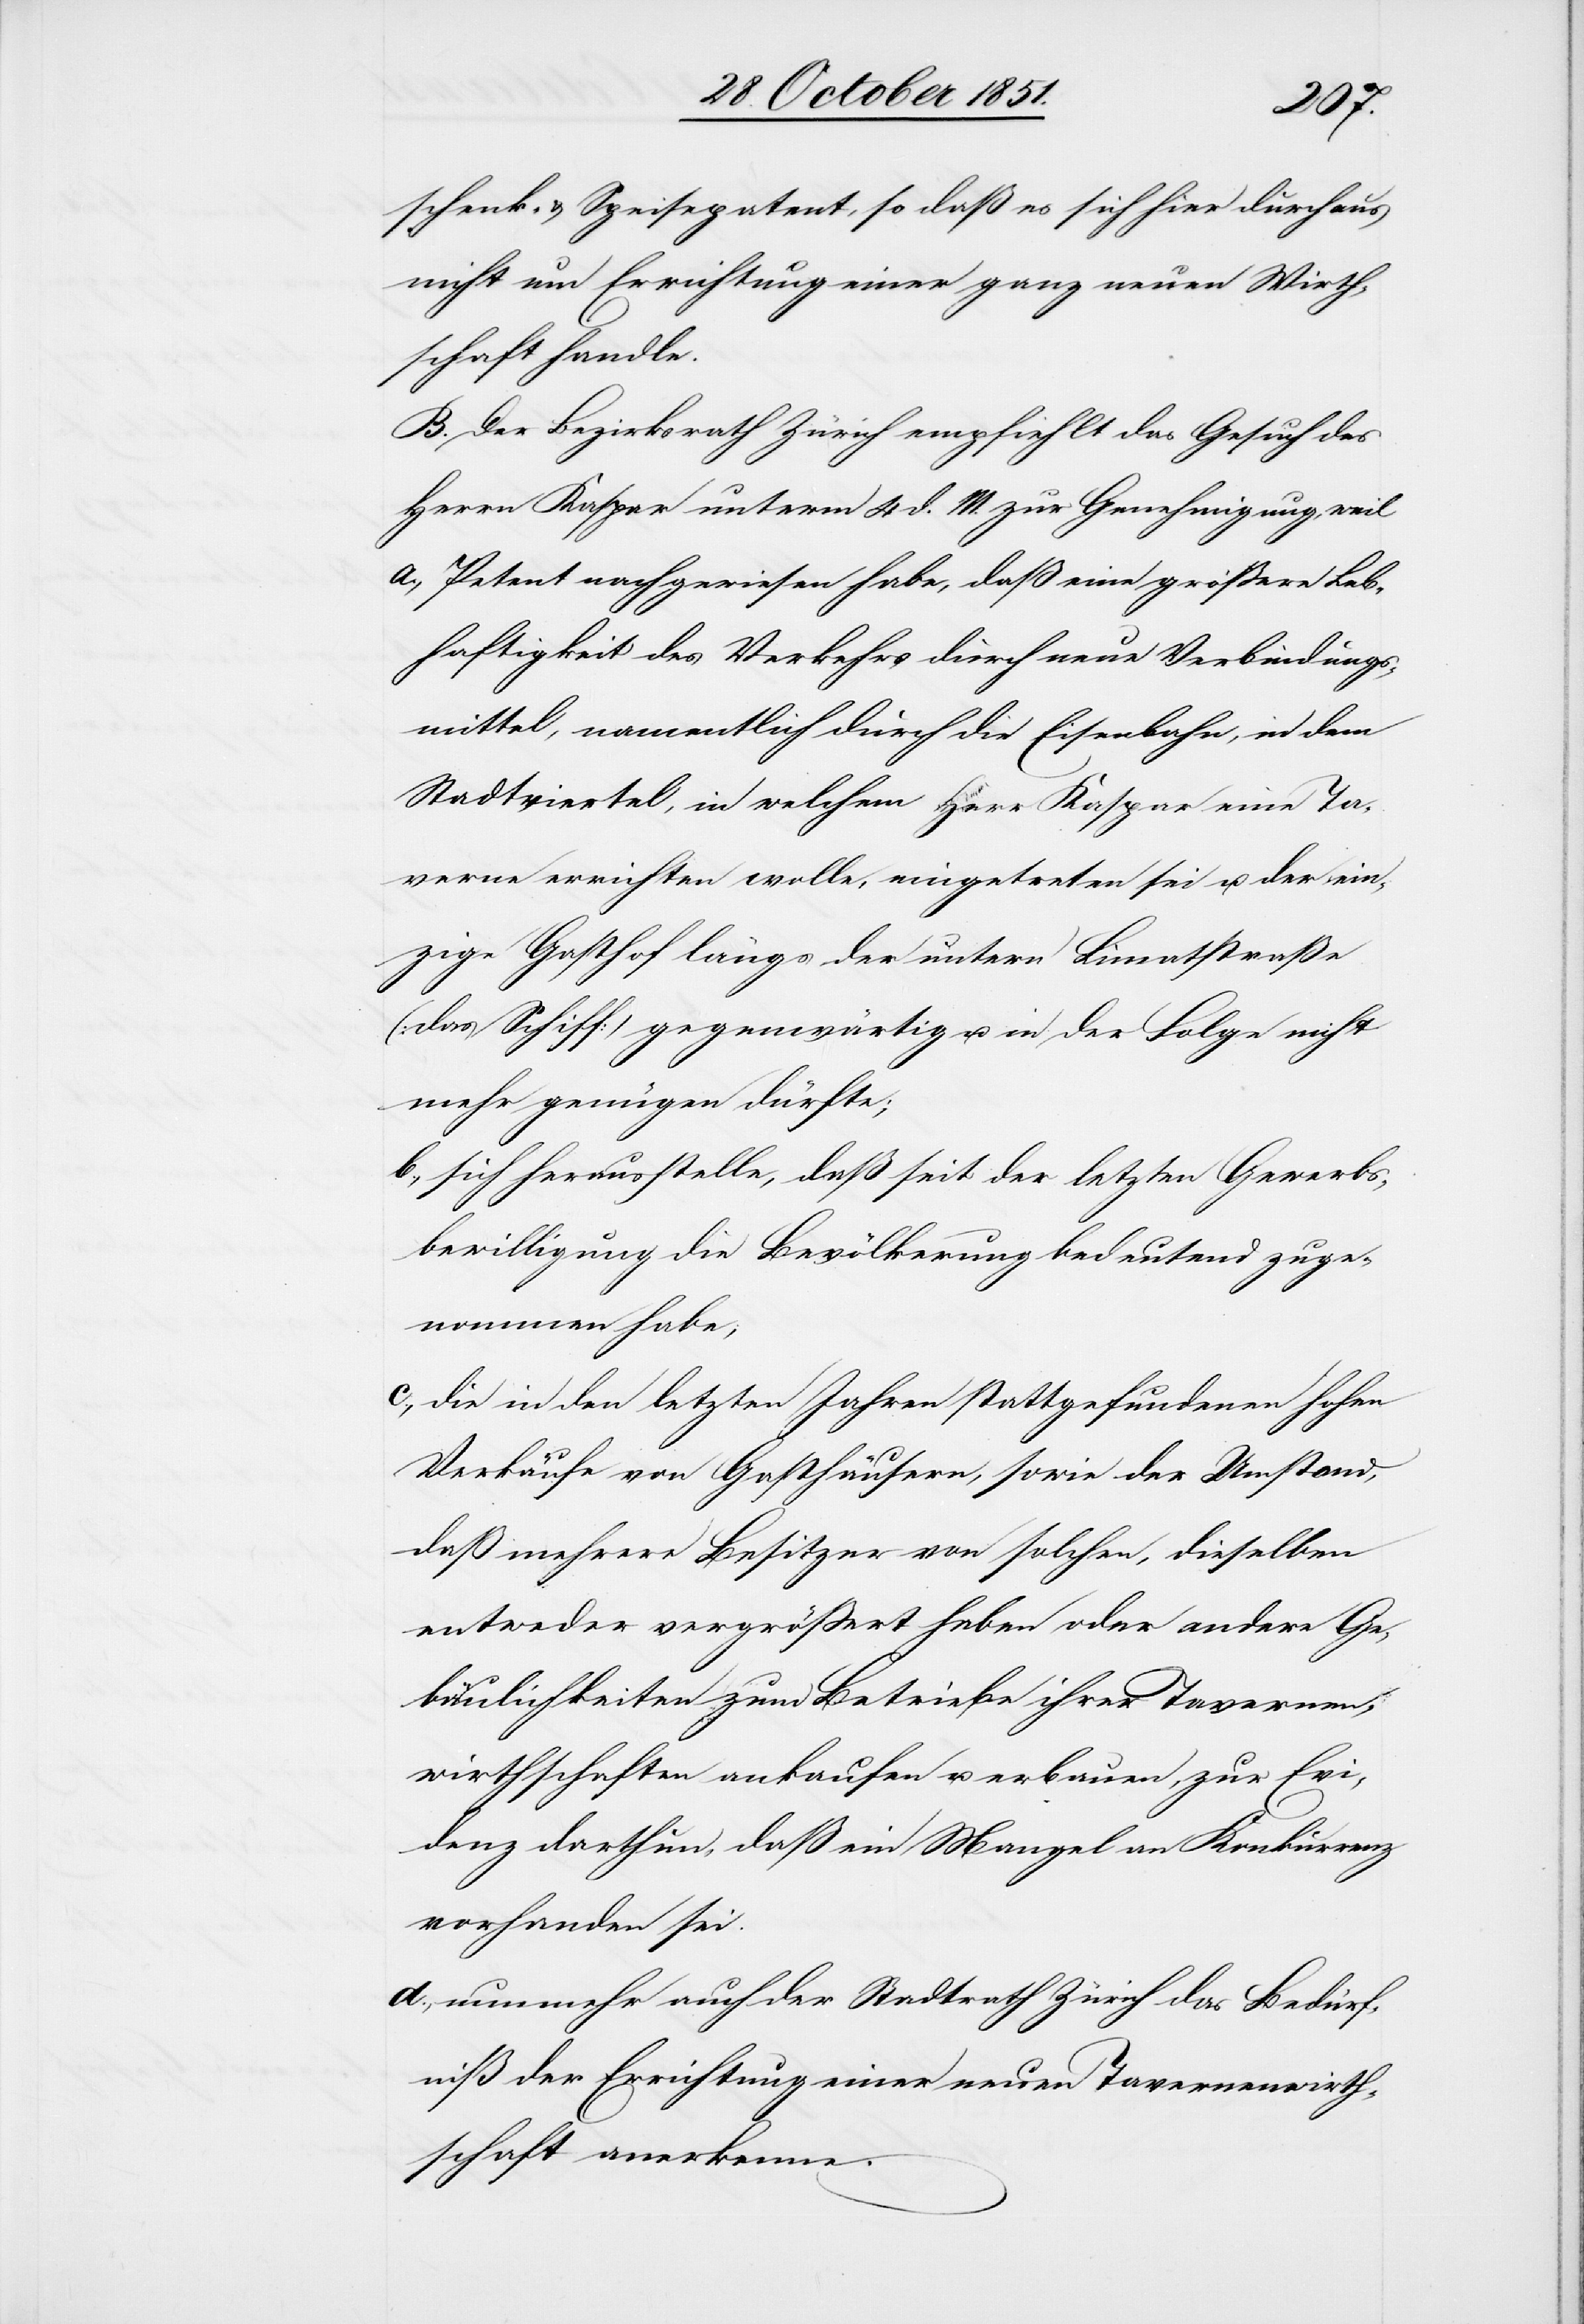
schenk- & Speisepatent, so daß es sich hier durchaus
nicht um Errichtung einer ganz neuen Wirth¬
schaft handle.
B. Der Bezirksrath Zürich empfiehlt das Gesuch des
Herrn Kaspar unterm 4 d. M. zur Genehmigung, weil
Petent nachgewiesen habe, daß eine größere Leb¬
haftigkeit des Verkehrs durch neue Verbindungs¬
mittel, namentlich durch die Eisenbahn, in dem
Stadtviertel, in welchem Herr Kaspar eine Ta¬
verne errichten wolle, eingetreten sei u. der ein¬
zige Gasthof längs der untern Limatstraße
(das Schiff) gegenwärtig u. in der Folge nicht
mehr genügen dürfte;
sich herausstelle, daß seit der letzten Gewerbs¬
bewilligung die Bevölkerung bedeutend zuge¬
nommen habe;
die in den letzten Jahren stattgefundenen hohen
Verkäufe von Gasthäusern, sowie der Umstand,
daß mehrere Besitzer von solchen, dieselben
entweder vergrößert haben oder andere Ge¬
bäulichkeiten zum Betriebe ihrer Tavernen¬
wirthschaften ankaufen u. erbauen, zur Evi¬
denz darthun, daß ein Mangel an Konkurrenz
vorhanden sei.
nunmehr auch der Stadtrath Zürich das Bedürf¬
niß der Errichtung einer neuen Tavernenwirth¬
schaft anerkenne.